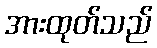
အားထုတ်သည်